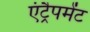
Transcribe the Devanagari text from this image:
एंट्रैपमेंट